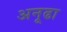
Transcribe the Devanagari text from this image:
अनूढा